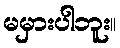
မမှားပါဘူး။